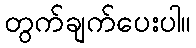
တွက်ချက်ပေးပါ။